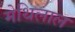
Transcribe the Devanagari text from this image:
मेथिलाल